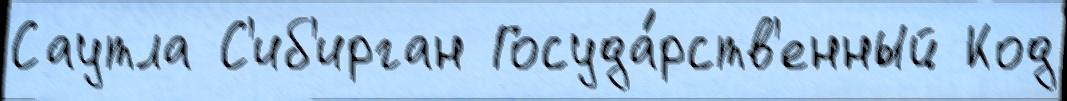
Саутла С'иб'ирган Госуда́рств'енный Код